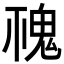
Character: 𩲚